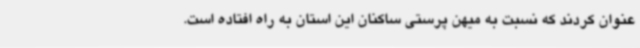
عنوان کردند که نسبت به میهن پرستی ساکنان این استان به راه افتاده است.